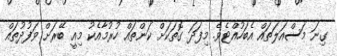
ގިނަ މަސްއަލަތައް އެބަހުއްޓެވެ. މިފަދަ ގޮތަކަށް ކަންތައް ހުރުމާއެކު މިއީ ބޭރަށް ވަފުދުތައް